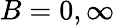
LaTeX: B=0,\infty